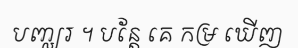
បញ្ឈរ ។ បន្តែ គេ កម្រ ឃើញ